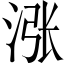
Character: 涨